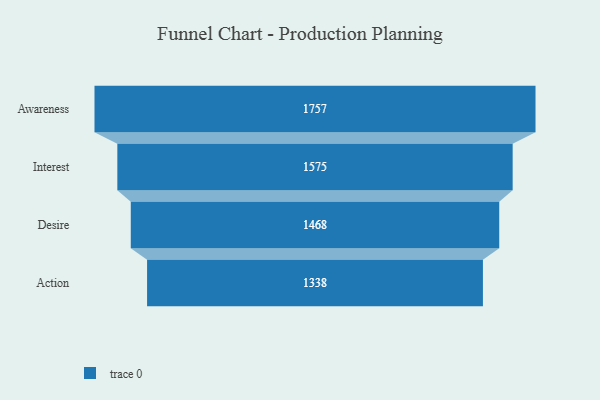
{"axis": {"x": "Stage", "y": "Value"}, "legend": [""], "data": [{"x": "Awareness", "y": 1757.0, "type": ""}, {"x": "Interest", "y": 1575.0, "type": ""}, {"x": "Desire", "y": 1468.0, "type": ""}, {"x": "Action", "y": 1338.0, "type": ""}]}